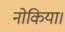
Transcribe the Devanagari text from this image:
नोकिया।